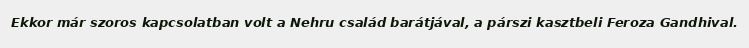
Ekkor már szoros kapcsolatban volt a Nehru család barátjával, a párszi kasztbeli Feroza Gandhival.